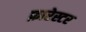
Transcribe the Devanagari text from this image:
फ़ारेस्टर